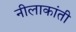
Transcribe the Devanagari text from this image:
नीलाकांती